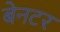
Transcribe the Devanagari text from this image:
बेनटर